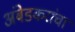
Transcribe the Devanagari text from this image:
अंबेडकरांचा